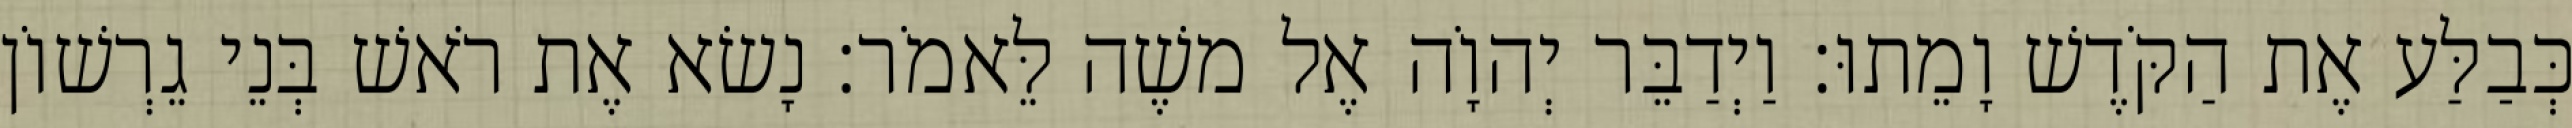
כְּבַלַּע אֶת הַקֹּדֶשׁ וָמֵתוּ׃ וַיְדַבֵּר יְהוָֹה אֶל משֶׁה לֵּאמֹר׃ נָשׂא אֶת רֹאשׁ בְּנֵי גֵרְשׁוֹן